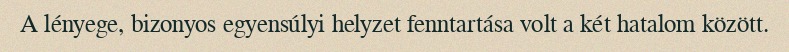
A lényege, bizonyos egyensúlyi helyzet fenntartása volt a két hatalom között.